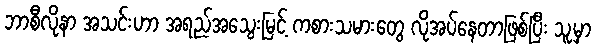
ဘာစီလိုနာ အသင်းဟာ အရည်အသွေးမြင့် ကစားသမားတွေ လိုအပ်နေတာဖြစ်ပြီး သူ့မှာ